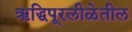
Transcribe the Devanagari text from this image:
ऋद्धिपूरलीळेतील